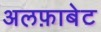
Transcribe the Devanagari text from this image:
अलफ़ाबेट